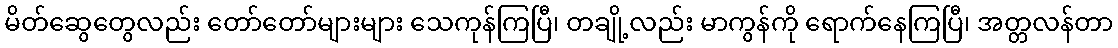
မိတ်ဆွေတွေလည်း တော်တော်များများ သေကုန်ကြပြီ၊ တချို့လည်း မာကွန်ကို ရောက်နေကြပြီ၊ အတ္တလန်တာ